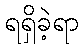
ရရှိခဲ့ရာ